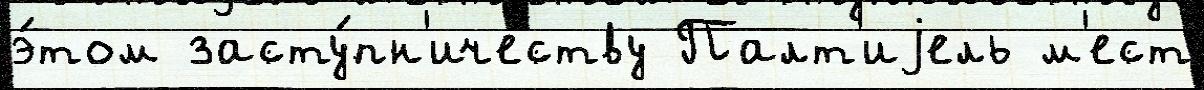
э́том засту́пн'ичеству Палт'иjель м'ест